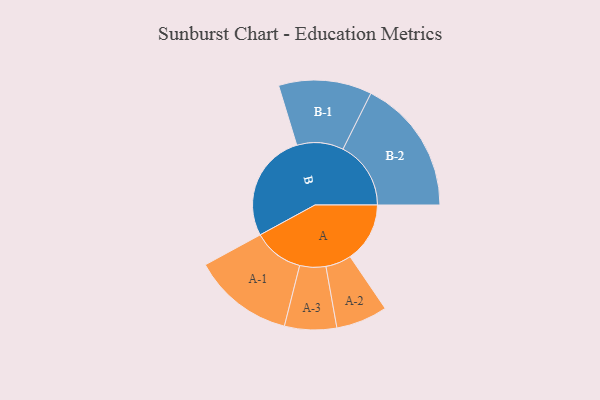
{"axis": {"x": "Segment", "y": "Value"}, "legend": ["", "A", "B"], "data": [{"x": "A", "y": 241, "type": ""}, {"x": "B", "y": 439, "type": ""}, {"x": "A-1", "y": 204, "type": "A"}, {"x": "A-2", "y": 104, "type": "A"}, {"x": "A-3", "y": 105, "type": "A"}, {"x": "B-1", "y": 188, "type": "B"}, {"x": "B-2", "y": 274, "type": "B"}]}